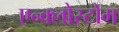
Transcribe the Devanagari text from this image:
एन्क्लोस्टोम